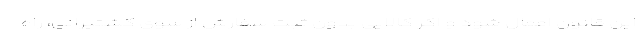
این قانون اعمال شود و اگر کالایی بدون ثبت سفارش از سوی کشتیرانی، راه